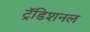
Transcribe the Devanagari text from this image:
ट्रॅडिशनल